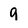
Character: 9